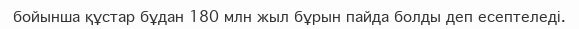
бойынша құстар бұдан 180 млн жыл бұрын пайда болды деп есептеледі.